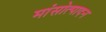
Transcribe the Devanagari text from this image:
मांसोत्पादन